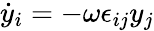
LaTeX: \dot{y}_{i}=-\omega\epsilon_{ij}y_{j}